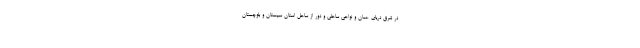
در شرق دریای عمان و نواحی ساحلی و دور از ساحل استان سیستان و بلوچستان